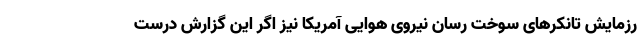
رزمایش تانکرهای سوخت رسان نیروی هوایی آمریکا نیز اگر این گزارش درست